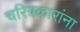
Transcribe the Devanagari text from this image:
चरित्रकारांना